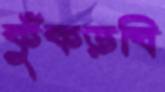
কুঁকড়বি